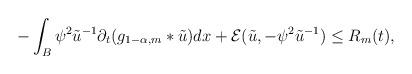
LaTeX: \begin{align*}-\int_{B}\psi^{2}\tilde{u}^{-1}\partial_{t}(g_{1-\alpha,m}*\tilde{u})dx + \mathcal{E}(\tilde{u},-\psi^{2}\tilde{u}^{-1}) \leq R_{m}(t),\end{align*}